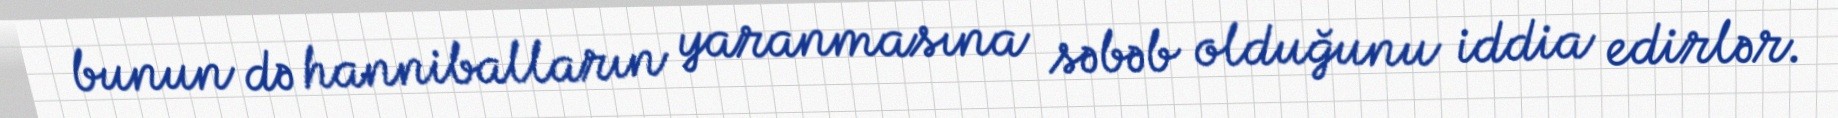
bunun də hannibalların yaranmasına səbəb olduğunu iddia edirlər.